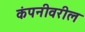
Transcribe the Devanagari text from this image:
कंपनीवरील